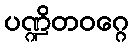
ပဏ္ဍိတဝဂ္ဂေ